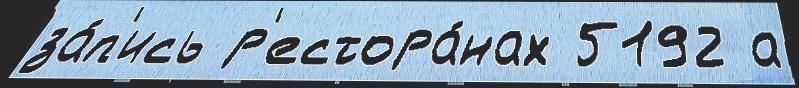
за́п'ись р'естора́нах 5192 а